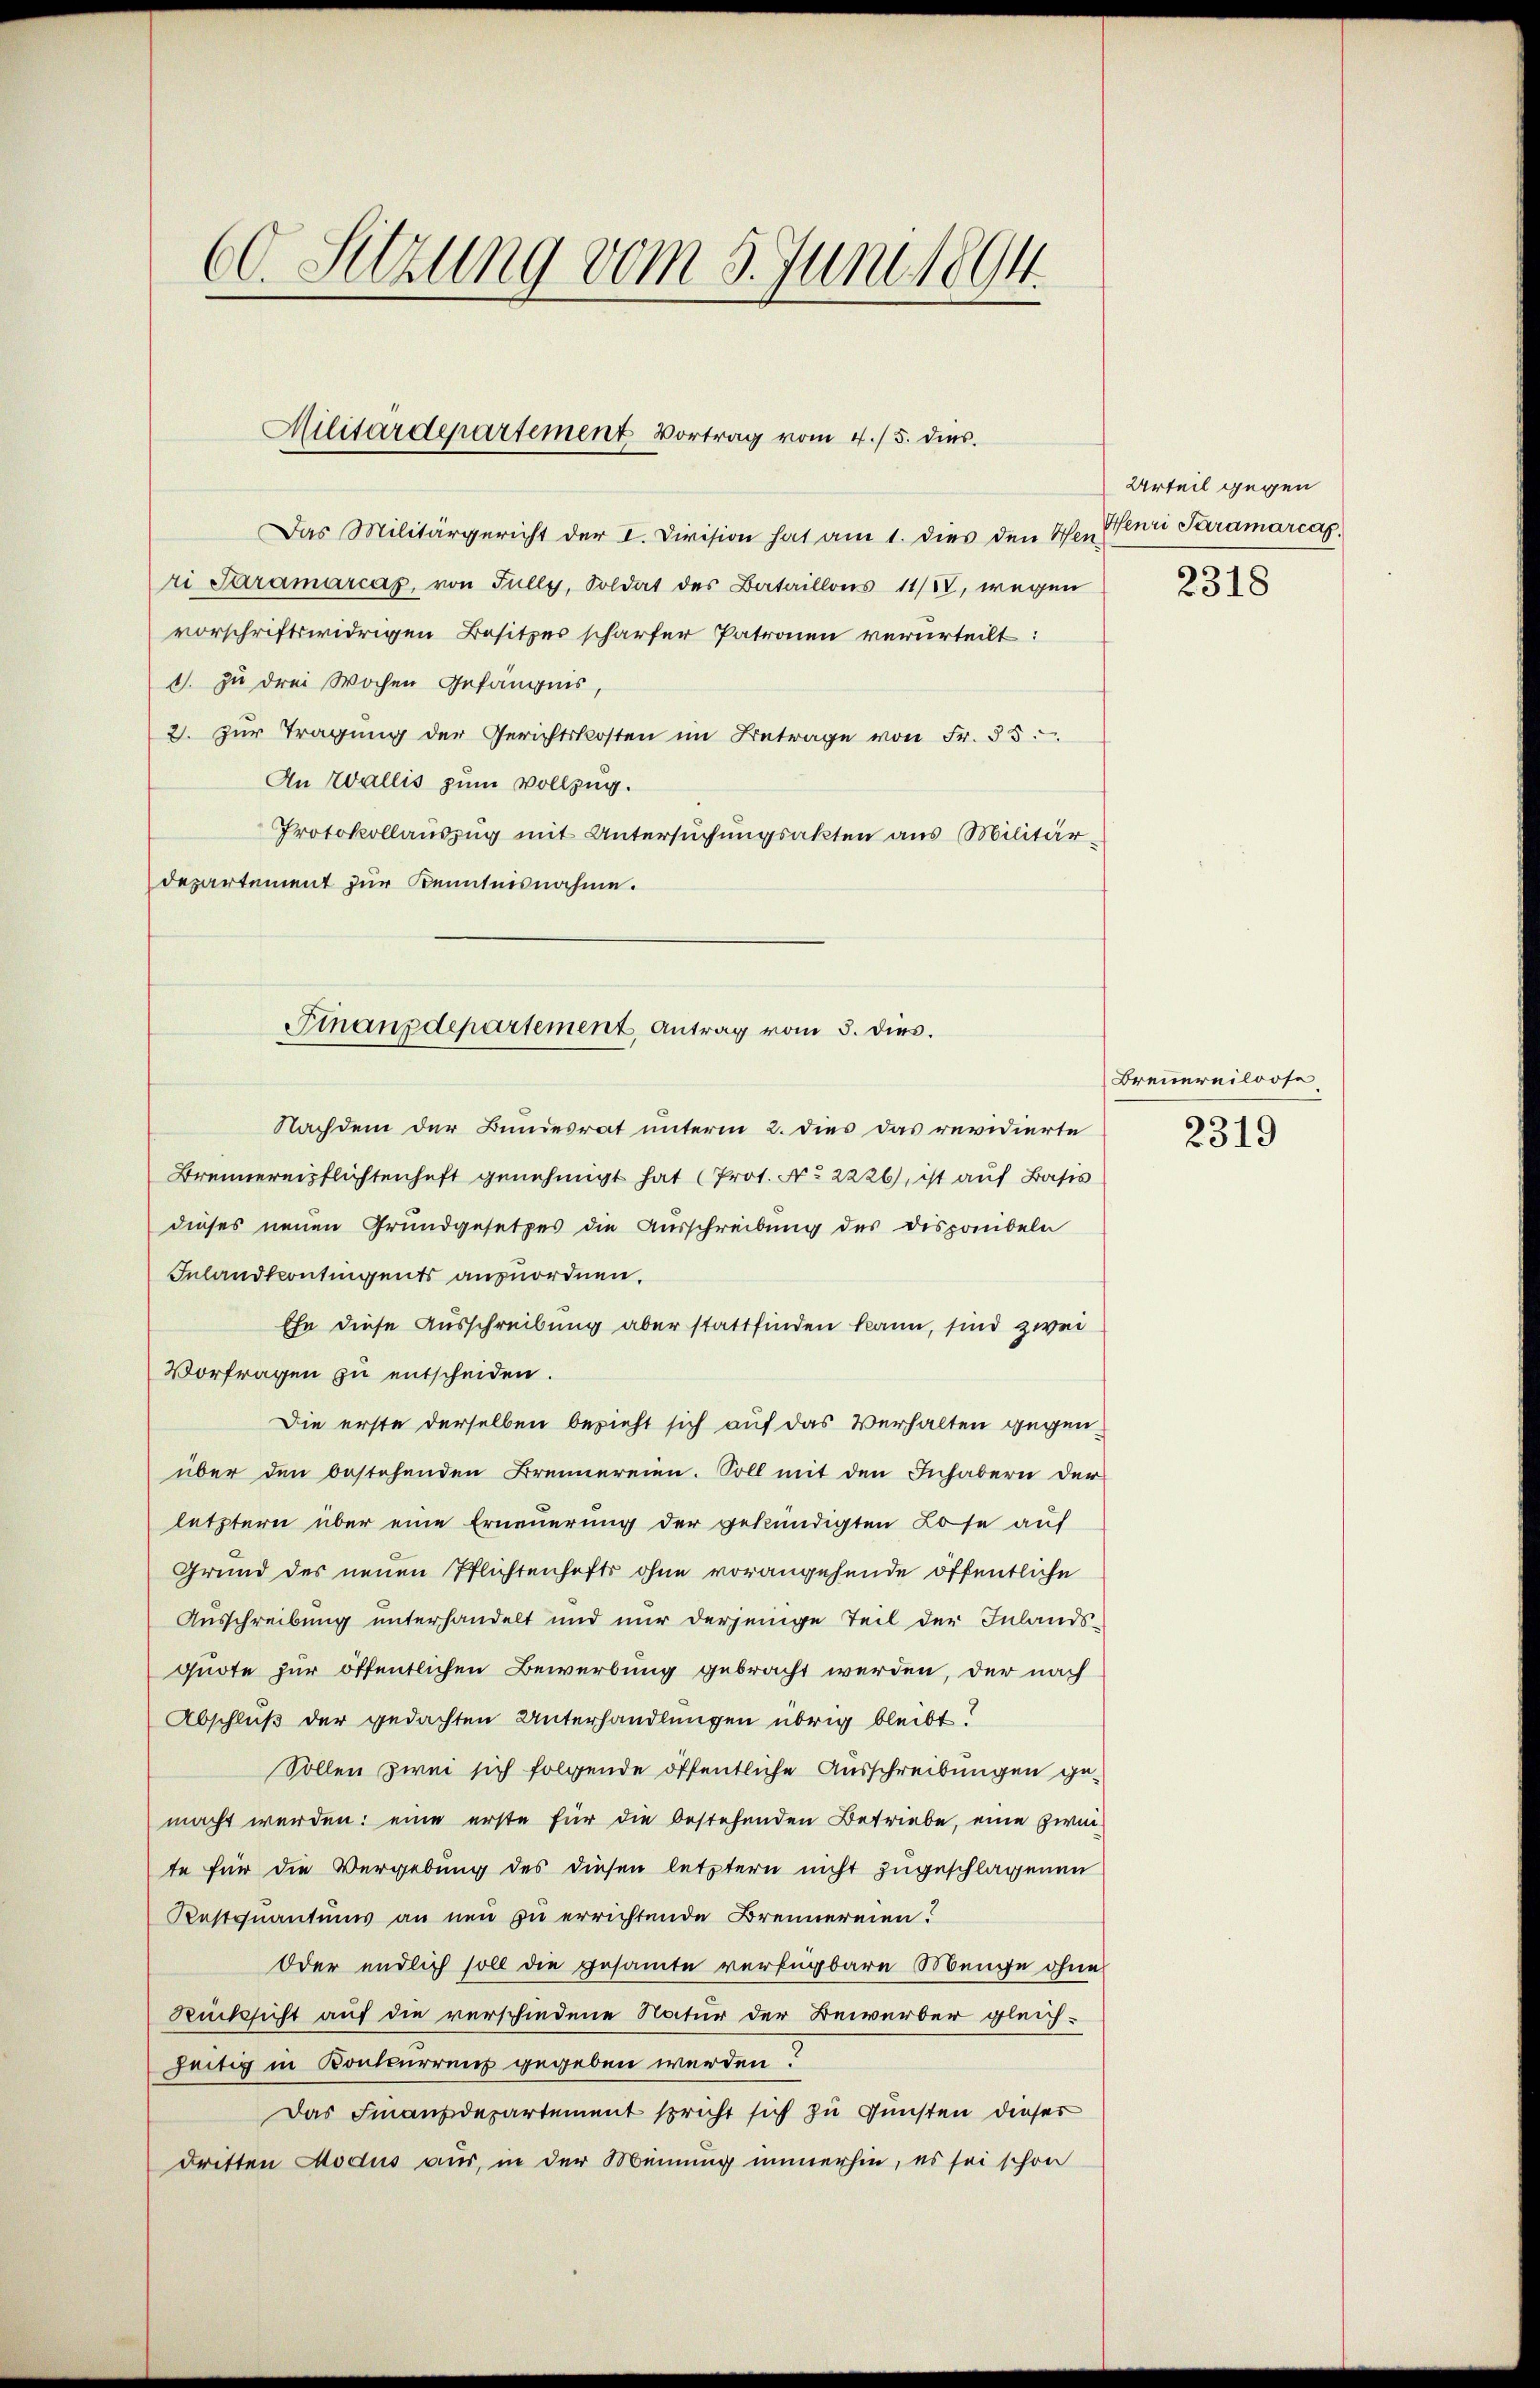
60. Sitzung vom 5. Juni 1894.

Militärdepartement Vortrag vom 4./5. dies

Das Militärgericht der I. Division hat am 1. dies den Wer zur Paramarcas
ri Saramarcas, von Jully, Soldat des Bataillons 11/IV, wegen
vorschriftswidrigen Besitzes scharfer Patronen verurteilt:
1. zu drei Wochen Gefängnis,
2. zŭr Tragŭng der Gerichtskosten im Betrage von Fr. 55.
An Wallis zum Vollzug.
Protokollauszug mit Untersuchungsakten aus Militär-
departement zur Kenntnisnahme.
Nachdem der Bundesrat unterm 2. dies das revidierte
Brennereiflichtenhaft genehmigt hat (Prot. No 2226), ist auf Basis
dieses neuen Grundgesetzes die Ausschreibung des Disponibeln
Inlandkontingents anzuordnen.
Ehe diese Ausschreibung aber stattfinden kann, sind zwei
Vorfragen zu entscheiden.
Die erste derselben bezieht sich auf das Verhalten gegen
über den bestehenden Brennereien. Soll mit den Inhabern der
letzterer über eine Erneuerung der gekündigten Lose auf
Grund des neuen Pflichtenhefts ohne vorangehende öffentliche
Ausschreibung unterhandelt und nur derjenige Teil der Inlandsquote zur öffentlichen Bewerbung gebracht werden, der nach
Abschluß der gedachten Unterhandlungen übrig bleibt!
Sollen zwei sich folgende öffentliche Ausschreibungen gemacht werden: eine erste für die bestehenden Betriebe, eine zweite für die Vergebung des diesen letztern nicht zugeschlagenen
Kestquantums an neu zu errichtende Brennereien?
Oder endlich soll die gesamte verfügbare Manche ohne
Rücksicht auf die verschiedene Natur der Bewerber gleich-
zeitig in Concurrenz gegeben werden?
Das Finanzdepartement spricht sich zu Gunsten dieser
dritten Modus aus, in der Meinung immerhin, es sei schon

Finanzdepartement, Antrag vom 3. dies.

Urteil gegen
2318

Brennereiloose
2319